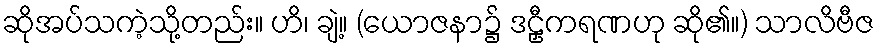
ဆိုအပ်သကဲ့သို့တည်း။ ဟိ၊ ချဲ့။ (ယောဇနာ၌ ဒဠှီကရဏဟု ဆို၏။) သာလိဗီဇ